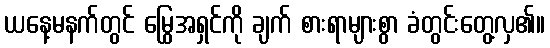
ယနေ့မနက်တွင် မြွေအရှင်ကို ချက် စားရာများစွာ ခံတွင်းတွေ့လှ၏။